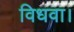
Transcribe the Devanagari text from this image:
विधवा।